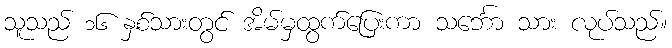
သူသည် ၁၆ နှစ်သားတွင် အိမ်မှထွက်ပြေးကာ သင်္ဘော သား လုပ်သည်။